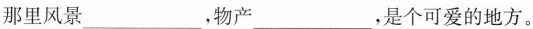
那里风景___，物产___，是个可爱的地方。